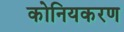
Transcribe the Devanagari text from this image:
कोनियकरण